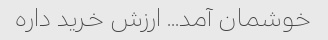
خوشمان آمد... ارزش خرید داره